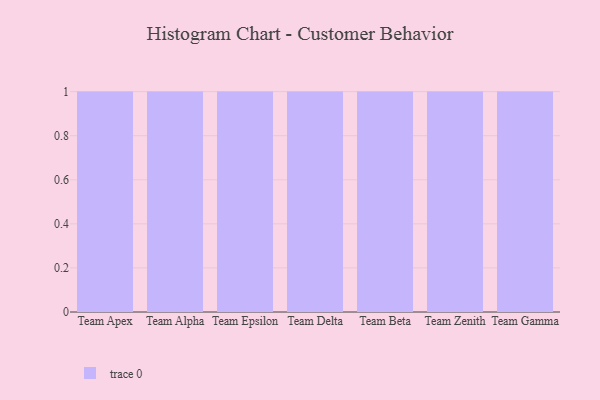
{"axis": {"x": "Team", "y": "Churn Rate (%)"}, "legend": [""], "data": [{"x": "Team Apex", "y": 66, "type": ""}, {"x": "Team Alpha", "y": 8, "type": ""}, {"x": "Team Epsilon", "y": 7, "type": ""}, {"x": "Team Delta", "y": 91, "type": ""}, {"x": "Team Beta", "y": 36, "type": ""}, {"x": "Team Zenith", "y": 24, "type": ""}, {"x": "Team Gamma", "y": 10, "type": ""}]}